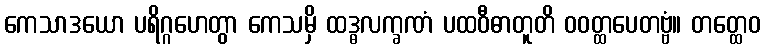
ကေသာဒယော ပရိဂ္ဂဟေတွာ ကေသမှိ ထဒ္ဓလက္ခဏံ ပထဝီဓာတူတိ ဝဝတ္ထပေတဗ္ဗံ။ တတ္ထေဝ